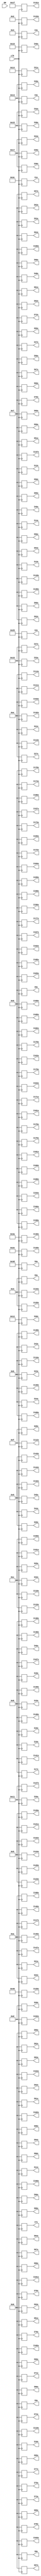
module rom_input(EN, clk, I0x, I1x, I2x, I3x, I4x, I5x, I6x, I7x, I8x, I9x, I10x, I11x, I12x, I13x, I14x, I15x, I16x, I17x, I18x, I19x, I20x, I21x, I22x, I23x, I24x, I25x, I26x, I27x, I28x, I29x, I30x, I31x, I32x, I33x, I34x, I35x, I36x, I37x, I38x, I39x, I40x, I41x, I42x, I43x, I44x, I45x, I46x, I47x, I48x, I49x, I50x, I51x, I52x, I53x, I54x, I55x, I56x, I57x, I58x, I59x, I60x, I61x, I62x, I63x, I64x, I65x, I66x, I67x, I68x, I69x, I70x, I71x, I72x, I73x, I74x, I75x, I76x, I77x, I78x, I79x, I80x, I81x, I82x, I83x, I84x, I85x, I86x, I87x, I88x, I89x, I90x, I91x, I92x, I93x, I94x, I95x, I96x, I97x, I98x, I99x, I100x, I101x, I102x, I103x, I104x, I105x, I106x, I107x, I108x, I109x, I110x, I111x, I112x, I113x, I114x, I115x, I116x, I117x, I118x, I119x, I120x, I121x, I122x, I123x, I124x, I125x, I126x, I127x, I128x, I129x, I130x, I131x, I132x, I133x, I134x, I135x, I136x, I137x, I138x, I139x, I140x, I141x, I142x, I143x, I144x, I145x, I146x, I147x, I148x, I149x, I150x, I151x, I152x, I153x, I154x, I155x, I156x, I157x, I158x, I159x, I160x, I161x, I162x, I163x, I164x, I165x, I166x, I167x, I168x, I169x, I170x, I171x, I172x, I173x, I174x, I175x, I176x, I177x, I178x, I179x, I180x, I181x, I182x, I183x, I184x, I185x, I186x);
	input EN, clk;
	output reg [7:0] I0x, I1x, I2x, I3x, I4x, I5x, I6x, I7x, I8x, I9x, I10x, I11x, I12x, I13x, I14x, I15x, I16x, I17x, I18x, I19x, I20x, I21x, I22x, I23x, I24x, I25x, I26x, I27x, I28x, I29x, I30x, I31x, I32x, I33x, I34x, I35x, I36x, I37x, I38x, I39x, I40x, I41x, I42x, I43x, I44x, I45x, I46x, I47x, I48x, I49x, I50x, I51x, I52x, I53x, I54x, I55x, I56x, I57x, I58x, I59x, I60x, I61x, I62x, I63x, I64x, I65x, I66x, I67x, I68x, I69x, I70x, I71x, I72x, I73x, I74x, I75x, I76x, I77x, I78x, I79x, I80x, I81x, I82x, I83x, I84x, I85x, I86x, I87x, I88x, I89x, I90x, I91x, I92x, I93x, I94x, I95x, I96x, I97x, I98x, I99x, I100x, I101x, I102x, I103x, I104x, I105x, I106x, I107x, I108x, I109x, I110x, I111x, I112x, I113x, I114x, I115x, I116x, I117x, I118x, I119x, I120x, I121x, I122x, I123x, I124x, I125x, I126x, I127x, I128x, I129x, I130x, I131x, I132x, I133x, I134x, I135x, I136x, I137x, I138x, I139x, I140x, I141x, I142x, I143x, I144x, I145x, I146x, I147x, I148x, I149x, I150x, I151x, I152x, I153x, I154x, I155x, I156x, I157x, I158x, I159x, I160x, I161x, I162x, I163x, I164x, I165x, I166x, I167x, I168x, I169x, I170x, I171x, I172x, I173x, I174x, I175x, I176x, I177x, I178x, I179x, I180x, I181x, I182x, I183x, I184x, I185x, I186x;
always@(posedge clk)
	begin
	I0x = 8'd61;
	I1x = 8'd60;
	I2x = 8'd41;
	I3x = 8'd19;
	I4x = 8'd4;
	I5x = 8'd0;
	I6x = 8'd3;
	I7x = 8'd6;
	I8x = 8'd6;
	I9x = 8'd6;
	I10x = 8'd6;
	I11x = 8'd6;
	I12x = 8'd7;
	I13x = 8'd7;
	I14x = 8'd7;
	I15x = 8'd8;
	I16x = 8'd8;
	I17x = 8'd8;
	I18x = 8'd8;
	I19x = 8'd8;
	I20x = 8'd9;
	I21x = 8'd10;
	I22x = 8'd10;
	I23x = 8'd11;
	I24x = 8'd11;
	I25x = 8'd12;
	I26x = 8'd13;
	I27x = 8'd14;
	I28x = 8'd15;
	I29x = 8'd17;
	I30x = 8'd18;
	I31x = 8'd20;
	I32x = 8'd21;
	I33x = 8'd22;
	I34x = 8'd23;
	I35x = 8'd23;
	I36x = 8'd23;
	I37x = 8'd22;
	I38x = 8'd21;
	I39x = 8'd19;
	I40x = 8'd16;
	I41x = 8'd14;
	I42x = 8'd12;
	I43x = 8'd11;
	I44x = 8'd9;
	I45x = 8'd9;
	I46x = 8'd8;
	I47x = 8'd7;
	I48x = 8'd7;
	I49x = 8'd7;
	I50x = 8'd7;
	I51x = 8'd7;
	I52x = 8'd7;
	I53x = 8'd7;
	I54x = 8'd7;
	I55x = 8'd7;
	I56x = 8'd7;
	I57x = 8'd7;
	I58x = 8'd7;
	I59x = 8'd7;
	I60x = 8'd7;
	I61x = 8'd7;
	I62x = 8'd7;
	I63x = 8'd7;
	I64x = 8'd7;
	I65x = 8'd7;
	I66x = 8'd7;
	I67x = 8'd7;
	I68x = 8'd7;
	I69x = 8'd7;
	I70x = 8'd7;
	I71x = 8'd6;
	I72x = 8'd7;
	I73x = 8'd6;
	I74x = 8'd6;
	I75x = 8'd6;
	I76x = 8'd6;
	I77x = 8'd6;
	I78x = 8'd6;
	I79x = 8'd6;
	I80x = 8'd6;
	I81x = 8'd6;
	I82x = 8'd6;
	I83x = 8'd6;
	I84x = 8'd6;
	I85x = 8'd6;
	I86x = 8'd6;
	I87x = 8'd6;
	I88x = 8'd6;
	I89x = 8'd6;
	I90x = 8'd6;
	I91x = 8'd6;
	I92x = 8'd6;
	I93x = 8'd6;
	I94x = 8'd6;
	I95x = 8'd6;
	I96x = 8'd6;
	I97x = 8'd6;
	I98x = 8'd6;
	I99x = 8'd6;
	I100x = 8'd6;
	I101x = 8'd6;
	I102x = 8'd6;
	I103x = 8'd6;
	I104x = 8'd6;
	I105x = 8'd6;
	I106x = 8'd7;
	I107x = 8'd8;
	I108x = 8'd10;
	I109x = 8'd11;
	I110x = 8'd12;
	I111x = 8'd14;
	I112x = 8'd15;
	I113x = 8'd14;
	I114x = 8'd14;
	I115x = 8'd12;
	I116x = 8'd11;
	I117x = 8'd10;
	I118x = 8'd7;
	I119x = 8'd6;
	I120x = 8'd5;
	I121x = 8'd5;
	I122x = 8'd5;
	I123x = 8'd5;
	I124x = 8'd5;
	I125x = 8'd3;
	I126x = 8'd5;
	I127x = 8'd17;
	I128x = 8'd46;
	I129x = 8'd64;
	I130x = 8'd58;
	I131x = 8'd31;
	I132x = 8'd14;
	I133x = 8'd2;
	I134x = 8'd3;
	I135x = 8'd7;
	I136x = 8'd8;
	I137x = 8'd7;
	I138x = 8'd8;
	I139x = 8'd8;
	I140x = 8'd8;
	I141x = 8'd8;
	I142x = 8'd9;
	I143x = 8'd9;
	I144x = 8'd9;
	I145x = 8'd10;
	I146x = 8'd10;
	I147x = 8'd10;
	I148x = 8'd11;
	I149x = 8'd11;
	I150x = 8'd12;
	I151x = 8'd12;
	I152x = 8'd13;
	I153x = 8'd14;
	I154x = 8'd0;
	I155x = 8'd0;
	I156x = 8'd0;
	I157x = 8'd0;
	I158x = 8'd0;
	I159x = 8'd0;
	I160x = 8'd0;
	I161x = 8'd0;
	I162x = 8'd0;
	I163x = 8'd0;
	I164x = 8'd0;
	I165x = 8'd0;
	I166x = 8'd0;
	I167x = 8'd0;
	I168x = 8'd0;
	I169x = 8'd0;
	I170x = 8'd0;
	I171x = 8'd0;
	I172x = 8'd0;
	I173x = 8'd0;
	I174x = 8'd0;
	I175x = 8'd0;
	I176x = 8'd0;
	I177x = 8'd0;
	I178x = 8'd0;
	I179x = 8'd0;
	I180x = 8'd0;
	I181x = 8'd0;
	I182x = 8'd0;
	I183x = 8'd0;
	I184x = 8'd0;
	I185x = 8'd0;
	I186x = 8'd0;
	end
endmodule